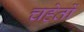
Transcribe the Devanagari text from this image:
चहेतों